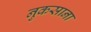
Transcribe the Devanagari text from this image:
नुकसाना